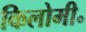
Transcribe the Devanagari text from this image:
किलोमी॰